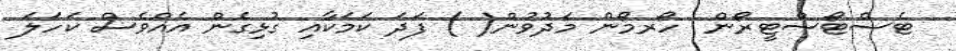
ޓެސްޓޯސްޓީރޯން  ހޯރމޯން މަދުވުން( ) ފަދަ ކަމަކާއި ގުޅިގެން އެއްވެސް ކަހަލަ